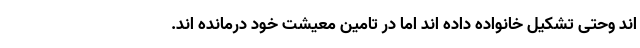
اند وحتی تشکیل خانواده داده اند اما در تامین معیشت خود درمانده اند.